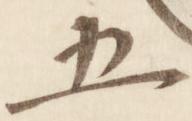
五